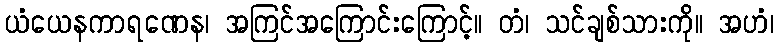
ယံယေနကာရဏေန၊ အကြင်အကြောင်းကြောင့်။ တံ၊ သင်ချစ်သားကို။ အဟံ၊